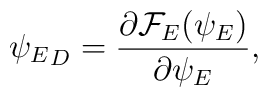
{\psi_{E}}_D={{\partial{\cal F}_E(\psi_E)}\over{\partial\psi_E}},